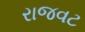
રાજવટ